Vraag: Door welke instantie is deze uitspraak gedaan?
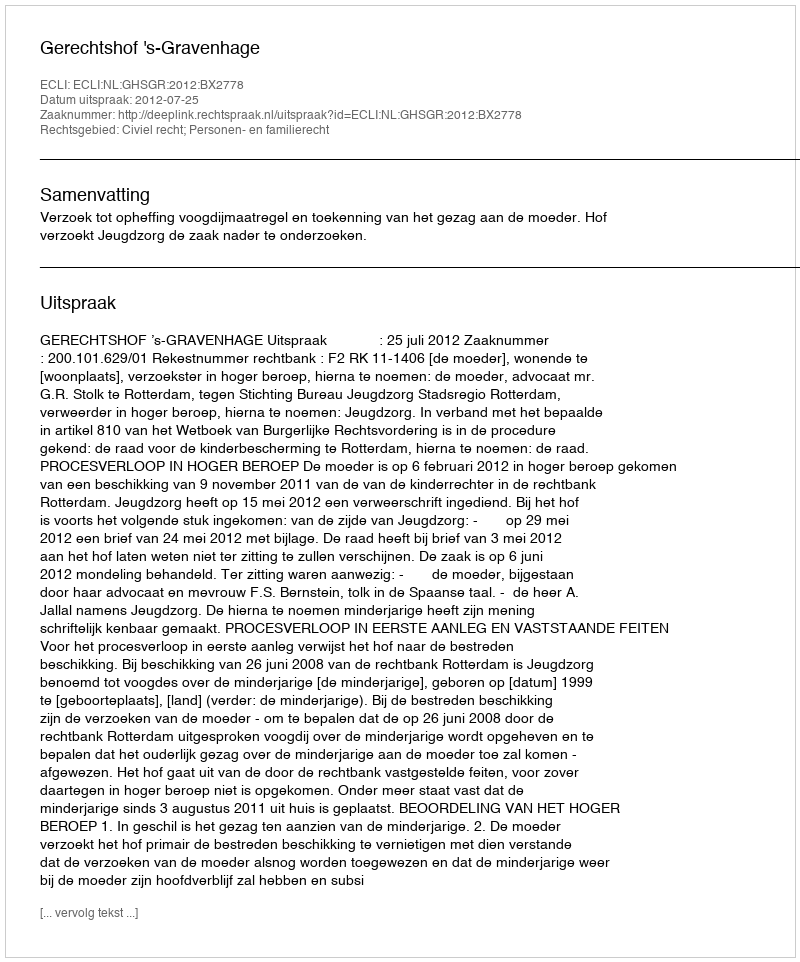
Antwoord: Gerechtshof 's-Gravenhage